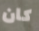
كان